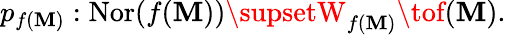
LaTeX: p_{f(\mathbf{M})}:\operatorname{Nor}(f(\mathbf{M}))\supsetW_{f(\mathbf{M})}\tof(\mathbf{M}).